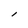
Character: l